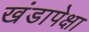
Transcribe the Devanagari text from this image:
खंडापेक्षा